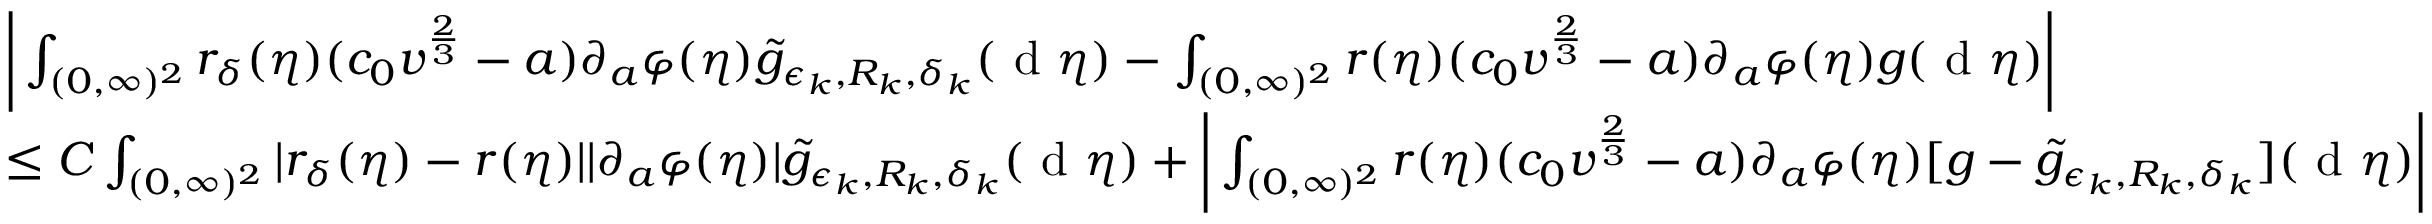
\begin{array} { r l } & { \bigg | \int _ { ( 0 , \infty ) ^ { 2 } } r _ { \delta } ( \eta ) ( c _ { 0 } v ^ { \frac { 2 } { 3 } } - a ) \partial _ { a } \varphi ( \eta ) \tilde { g } _ { \epsilon _ { k } , R _ { k } , \delta _ { k } } ( \textup { d } \eta ) - \int _ { ( 0 , \infty ) ^ { 2 } } r ( \eta ) ( c _ { 0 } v ^ { \frac { 2 } { 3 } } - a ) \partial _ { a } \varphi ( \eta ) g ( \textup { d } \eta ) \bigg | } \\ & { \leq C \int _ { ( 0 , \infty ) ^ { 2 } } | r _ { \delta } ( \eta ) - r ( \eta ) | | \partial _ { a } \varphi ( \eta ) | \tilde { g } _ { \epsilon _ { k } , R _ { k } , \delta _ { k } } ( \textup { d } \eta ) + \bigg | \int _ { ( 0 , \infty ) ^ { 2 } } r ( \eta ) ( c _ { 0 } v ^ { \frac { 2 } { 3 } } - a ) \partial _ { a } \varphi ( \eta ) [ g - \tilde { g } _ { \epsilon _ { k } , R _ { k } , \delta _ { k } } ] ( \textup { d } \eta ) \bigg | } \end{array}